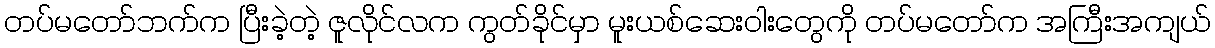
တပ်မတော်ဘက်က ပြီးခဲ့တဲ့ ဇူလိုင်လက ကွတ်ခိုင်မှာ မူးယစ်ဆေးဝါးတွေကို တပ်မတော်က အကြီးအကျယ်